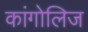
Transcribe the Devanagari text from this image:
कांगोलिज